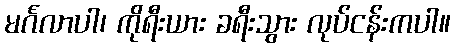
မင်္ဂလာပါ၊ ကိုရီးယား ခရီးသွား လုပ်ငန်းကပါ။